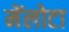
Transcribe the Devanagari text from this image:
मेंलोटा